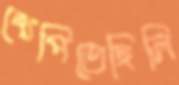
খেপিতেছিলি